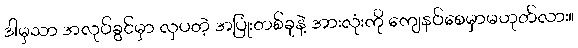
ဒါမှသာ အလုပ်ခွင်မှာ လှပတဲ့ အပြုံးတစ်ခုနဲ့ အားလုံးကို ကျေနပ်စေမှာမဟုတ်လား။